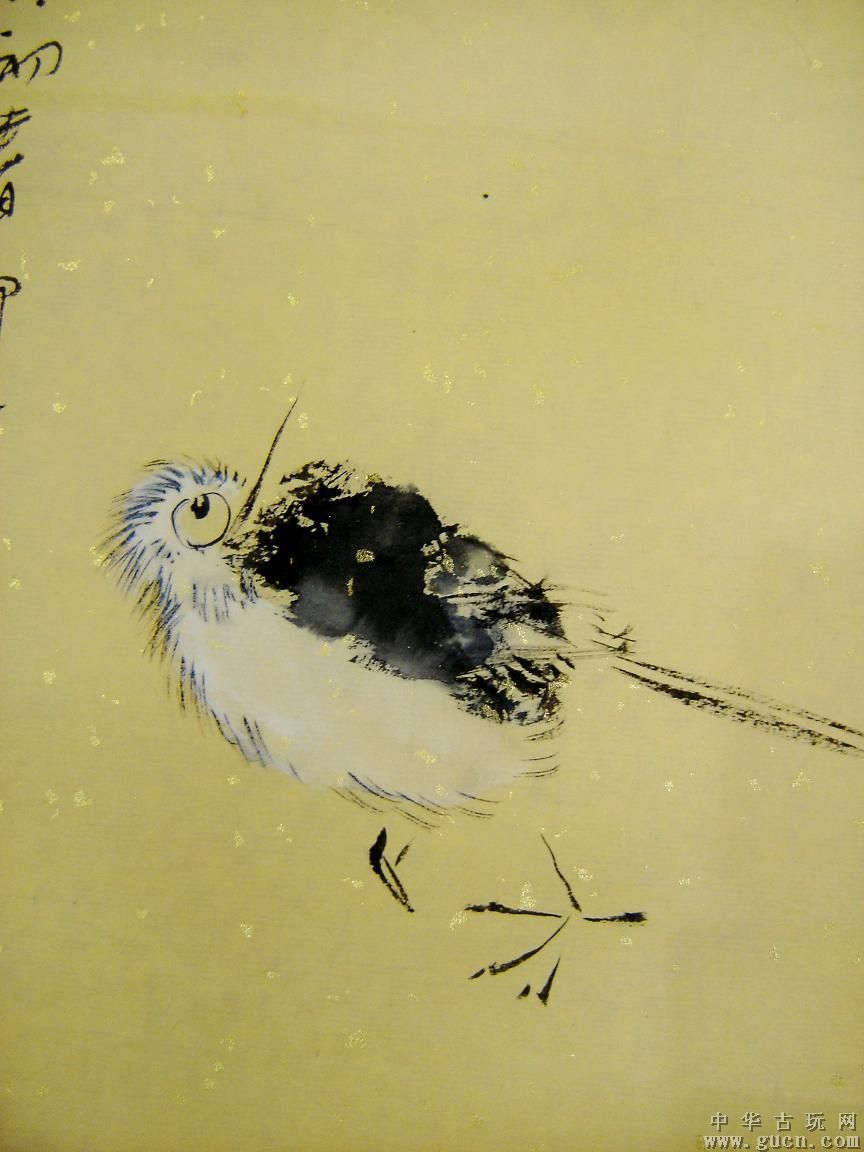
想乌衣年少，芝兰秀发，戈戟云横。